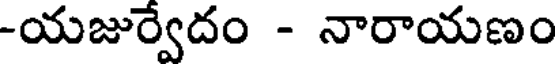
-యజుర్వేదం - నారాయణం